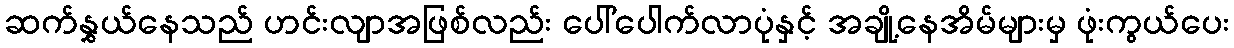
ဆက်နွှယ်နေသည် ဟင်းလျာအဖြစ်လည်း ပေါ်ပေါက်လာပုံနှင့် အချို့နေအိမ်များမှ ဖုံးကွယ်ပေး